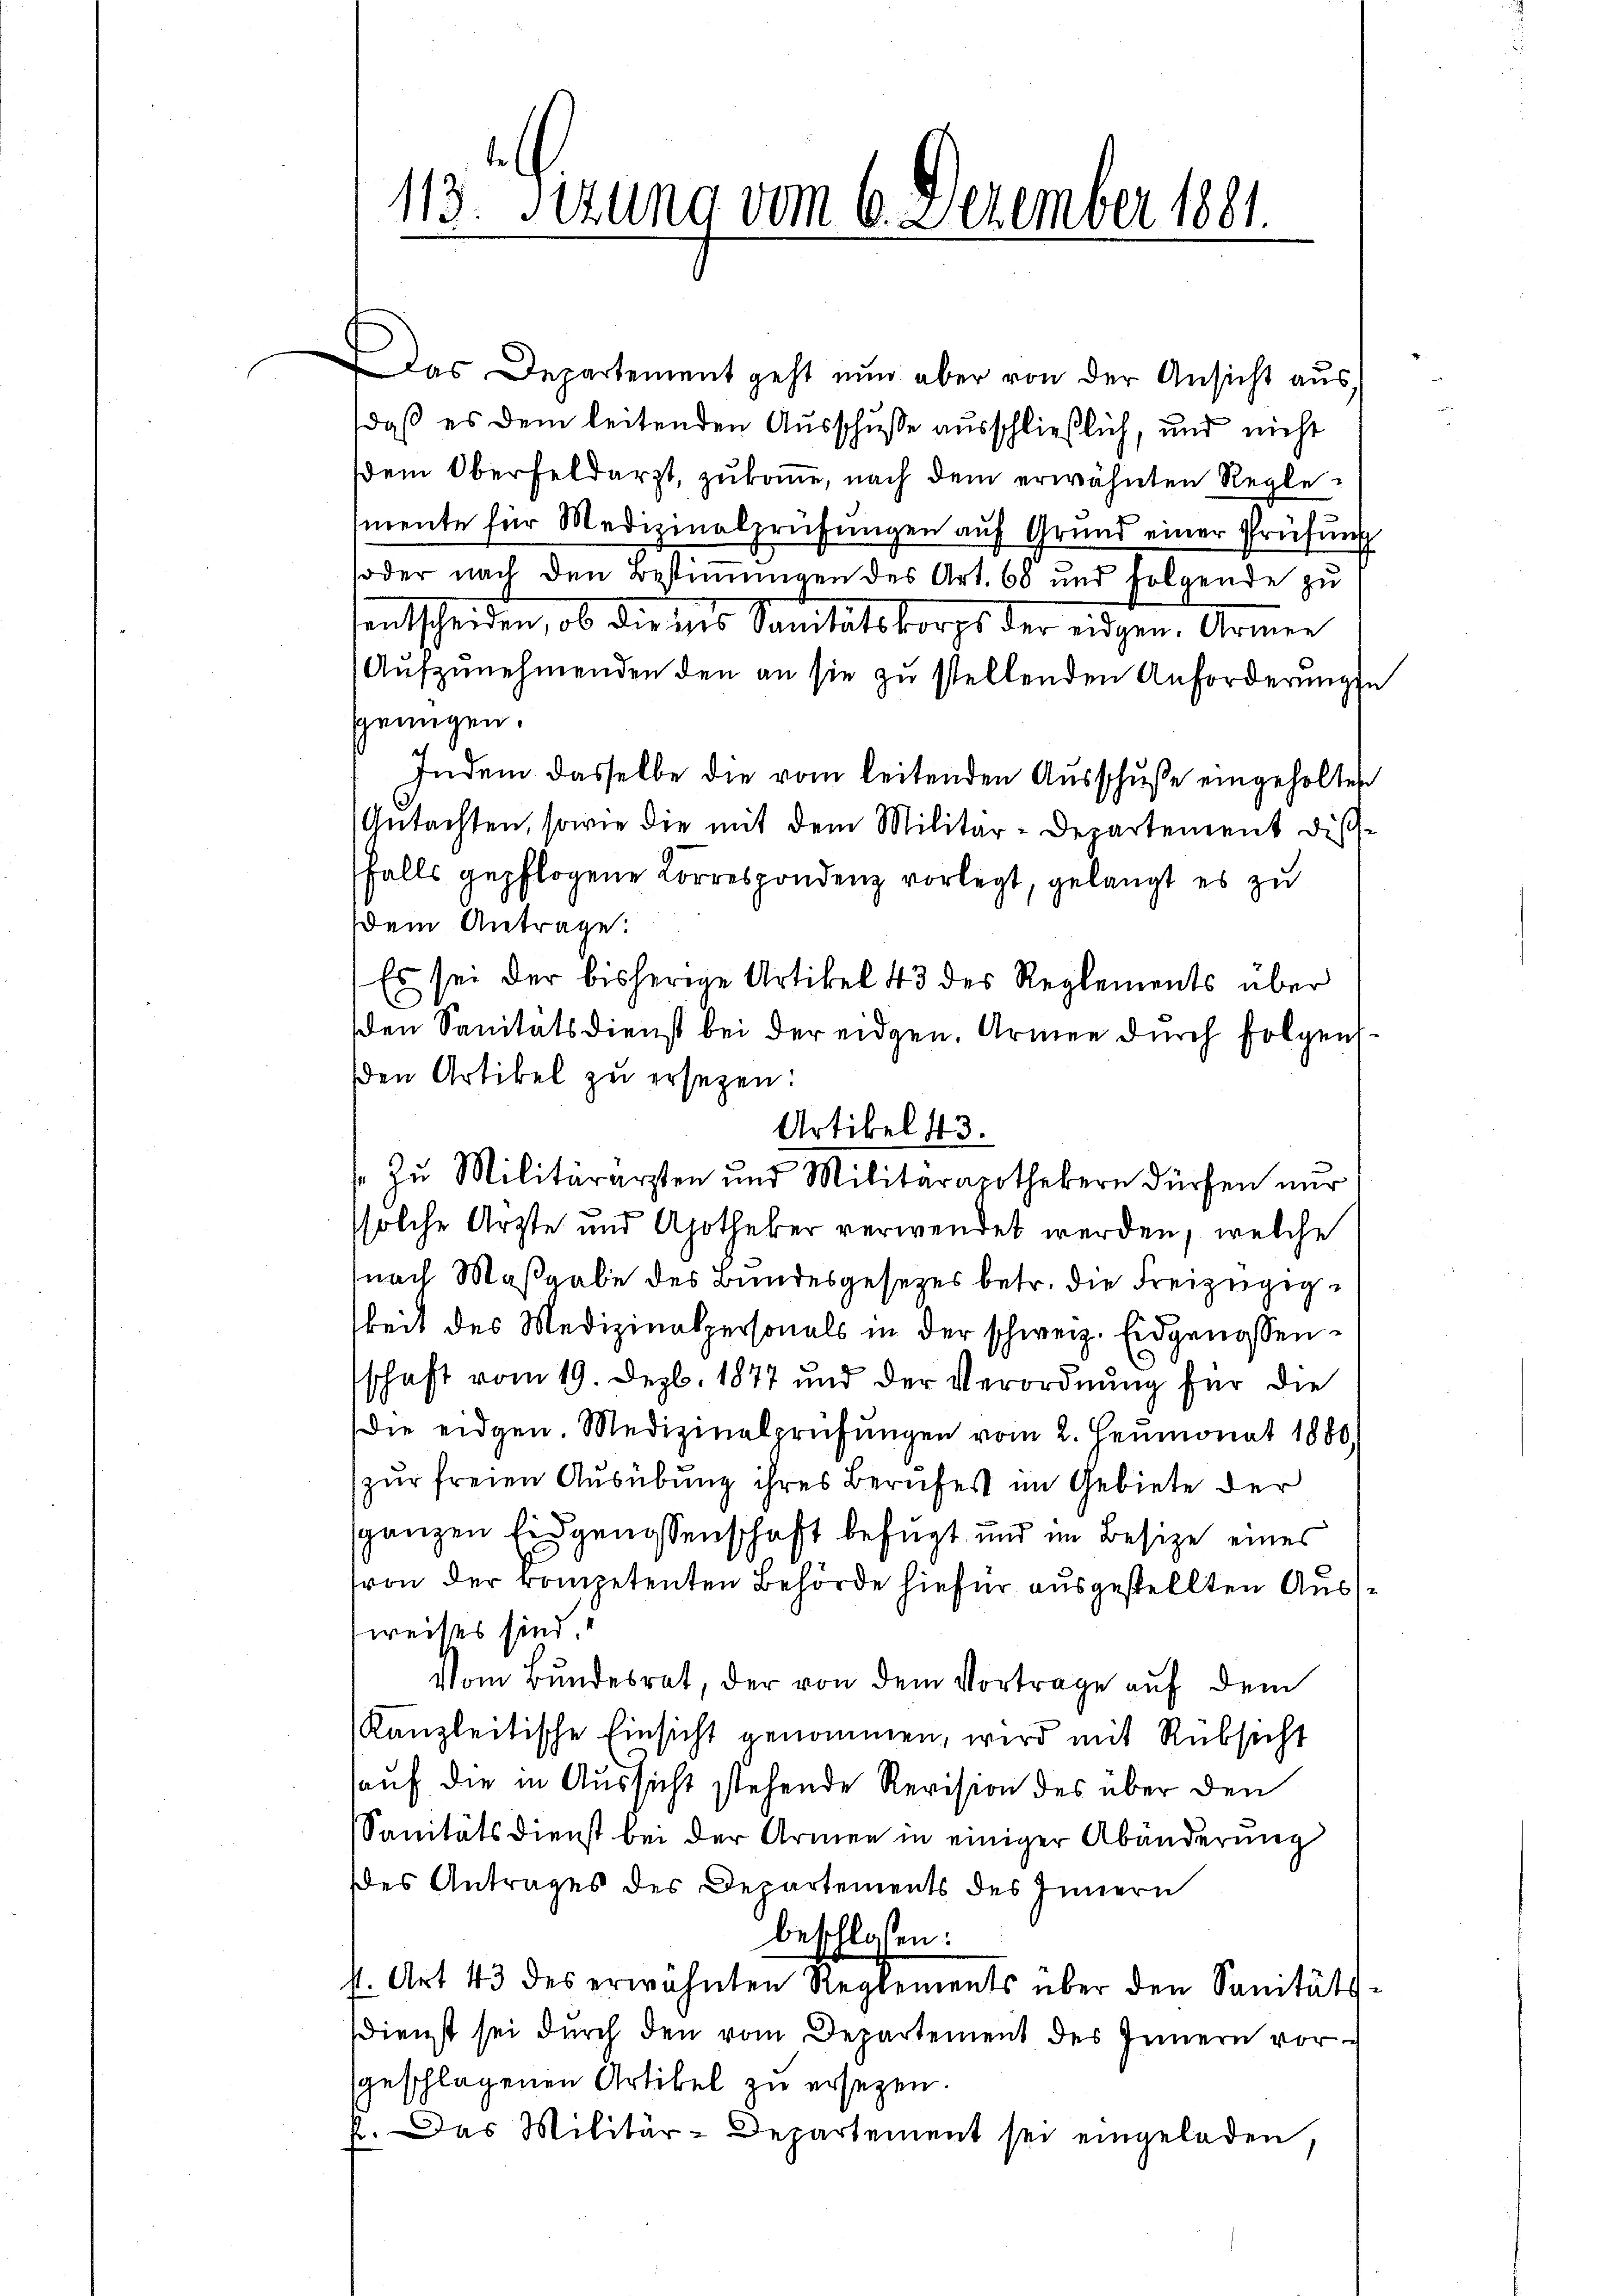
113. Sitzung vom 6. Dezember 1881.

Das Departement geht nun aber von der Ansicht aus,
daß es dem leitenden Ausschusse ausschließlich, und nicht
em Oberfeldarzt, zukomme, nach dem erwähnten Reglemente für Medizinalprüfungen auf Grund einer Prüfung
soder nach den Bestimmungen des Art. 68 und folgende zu
sentscheiden, ob dieses Sanitätskorps der eidgen. Armen
Aŭfzŭnehmenden den an sie zŭ stellenden Anforderŭngen
sgenügen.
Indem dasselbe die vom leitenden Ausschuße eingeholten
Gutachten, sowie die mit dem Militär-Departement disch-
falls gepflogene Korrespondenz vorlegt, gelangt es zu
dem Antrage:
Es sei der bisherige Artikel 43 des Reglements über
den Sanitätsdienst bei der eidgen. Armen durch folgenden Artikel zu ersetzen:
Artikel 43.
Zu Militärarzten und Militarapothekern dürfen nur
ssolche Arzte und Apotheker verwendet werden, welche
nach Maßgabe des Bundesgesetzes betr. die Freizügigkeit des Medizinalpersonals in der schweiz. Eidgenossenschaft vom 19. Dezb. 1877 und der Verordnung für die
die eidgen. Medizinalprüfŭngen vom 2. Heumonat 1880.
zur freien Ausübung ihres Berufes im Gebiete der
ganzen Eidgenossenschaft befugt und im Besize eines
tvon der kompetenten Behörde hiefür ausgestellten Ausweises sind.
Vom Bundesrat, der von dem Vortrage auf dem
Kanzleitische Einsicht genommen, wird mit Rüksicht
auf die in Aussicht stehende Revision des über den
Sanitätsdienst bei der Armen in einiger Abänderung
es Antrages des Departements des Innern
beschlossen:
st. Art 43 des erwähnten Reglements über den Sanitäts-
dienst sei durch den vom Departement des Innern vor-
sgeschlagenen Artikel zu ersezen.
f. Das Militär-Departement sei eingeladen,